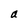
Character: a